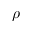
\rho